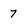
Character: 7